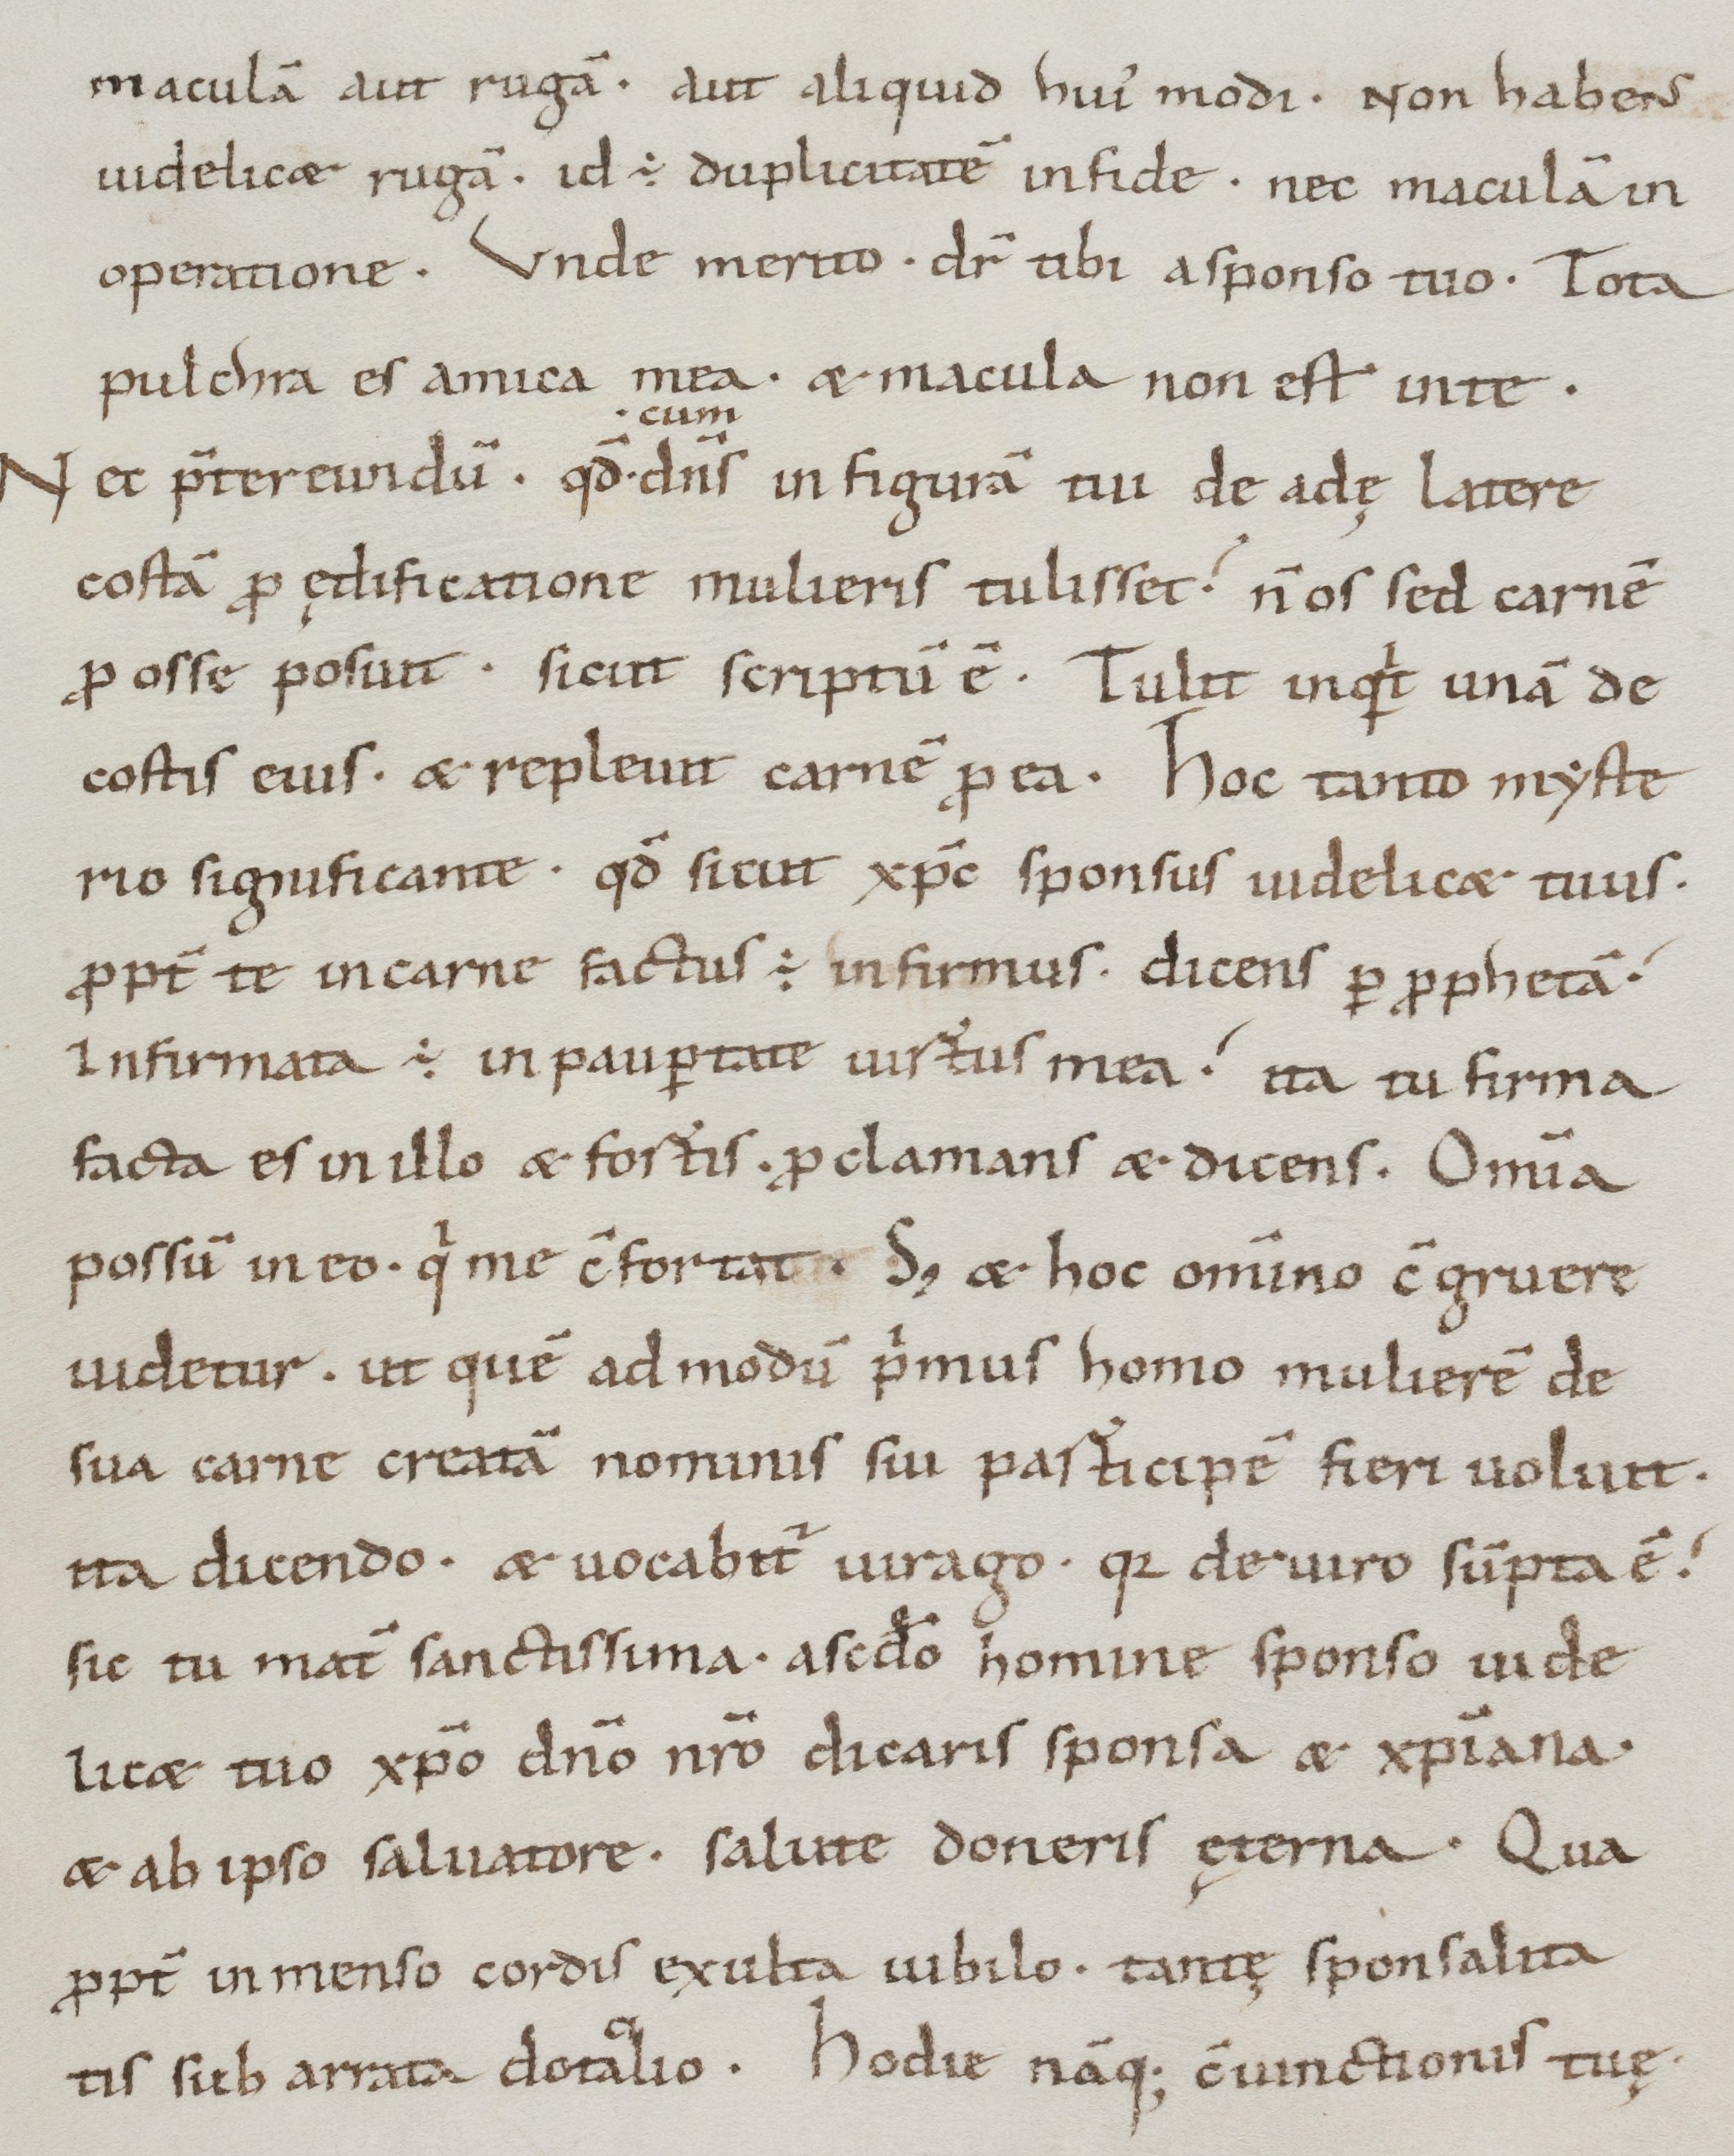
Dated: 1000–1099